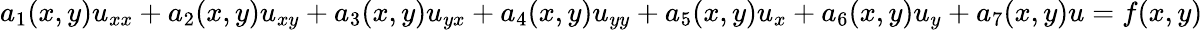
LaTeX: a_{1}(x,y)u_{xx}+a_{2}(x,y)u_{xy}+a_{3}(x,y)u_{yx}+a_{4}(x,y)u_{yy}+a_{5}(x,y)u_{x}+a_{6}(x,y)u_{y}+a_{7}(x,y)u=f(x,y)